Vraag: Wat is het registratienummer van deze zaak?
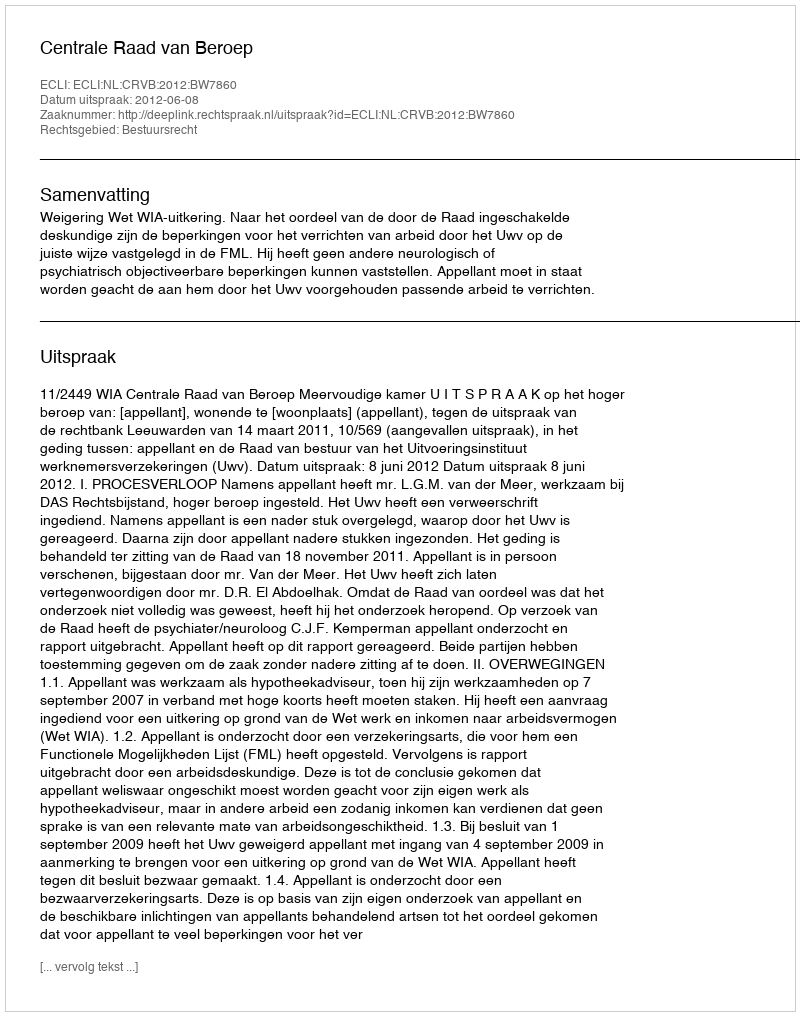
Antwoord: http://deeplink.rechtspraak.nl/uitspraak?id=ECLI:NL:CRVB:2012:BW7860